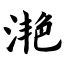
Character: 滟